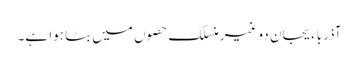
آذرباءیجان دو غیرمنسلک حصوں میں بٹا ہوا ہے۔